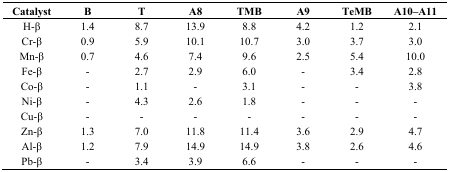
<table><thead><tr><td><b>Catalyst</b></td><td><b>B</b></td><td><b>T</b></td><td><b>A8</b></td><td><b>TMB</b></td><td><b>A9</b></td><td><b>TeMB</b></td><td><b>A10–A11</b></td></tr></thead><tbody><tr><td>H-β</td><td>1.4</td><td>8.7</td><td>13.9</td><td>8.8</td><td>4.2</td><td>1.2</td><td>2.1</td></tr><tr><td>Cr-β</td><td>0.9</td><td>5.9</td><td>10.1</td><td>10.7</td><td>3.0</td><td>3.7</td><td>3.0</td></tr><tr><td>Mn-β</td><td>0.7</td><td>4.6</td><td>7.4</td><td>9.6</td><td>2.5</td><td>5.4</td><td>10.0</td></tr><tr><td>Fe-β</td><td>-</td><td>2.7</td><td>2.9</td><td>6.0</td><td>-</td><td>3.4</td><td>2.8</td></tr><tr><td>Co-β</td><td>-</td><td>1.1</td><td>-</td><td>3.1</td><td>-</td><td>-</td><td>3.8</td></tr><tr><td>Ni-β</td><td>-</td><td>4.3</td><td>2.6</td><td>1.8</td><td>-</td><td>-</td><td>-</td></tr><tr><td>Cu-β</td><td>-</td><td>-</td><td>-</td><td>-</td><td>-</td><td>-</td><td>-</td></tr><tr><td>Zn-β</td><td>1.3</td><td>7.0</td><td>11.8</td><td>11.4</td><td>3.6</td><td>2.9</td><td>4.7</td></tr><tr><td>Al-β</td><td>1.2</td><td>7.9</td><td>14.9</td><td>14.9</td><td>3.8</td><td>2.6</td><td>4.6</td></tr><tr><td>Pb-β</td><td>-</td><td>3.4</td><td>3.9</td><td>6.6</td><td>-</td><td>-</td><td>-</td></tr></tbody></table>